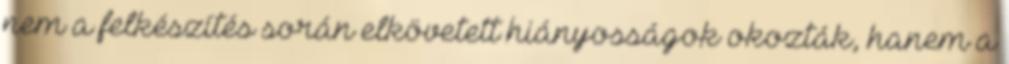
nem a felkészítés során elkövetett hiányosságok okozták, hanem a